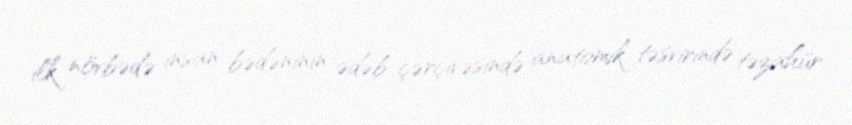
ilk növbədə insan bədəninin ədəb çərçivəsində anatomik təsvirində təzahür